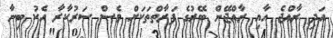
އަދި ރާއްޖެ އާއި ރާއްޖޭން ބޭރުގެ ފަރާތްތަކަށް ވެސް ސަރުކާރާ އެކު ބިނާ